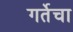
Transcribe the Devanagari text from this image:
गर्तेचा